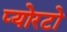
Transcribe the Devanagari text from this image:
प्योरटो